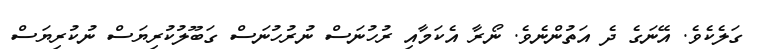
ގަލެކެވެ. އޭނަގެ ދެ އަތުންނެވެ. ނޯރާ އެކަމާއި ރުހުނަސް ނުރުހުނަސް ގަބޫލުކުރިޔަސް ނުކުރިޔަސް